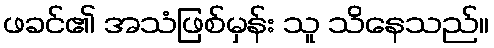
ဖခင်၏ အသံဖြစ်မှန်း သူ သိနေသည်။